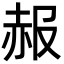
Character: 赧